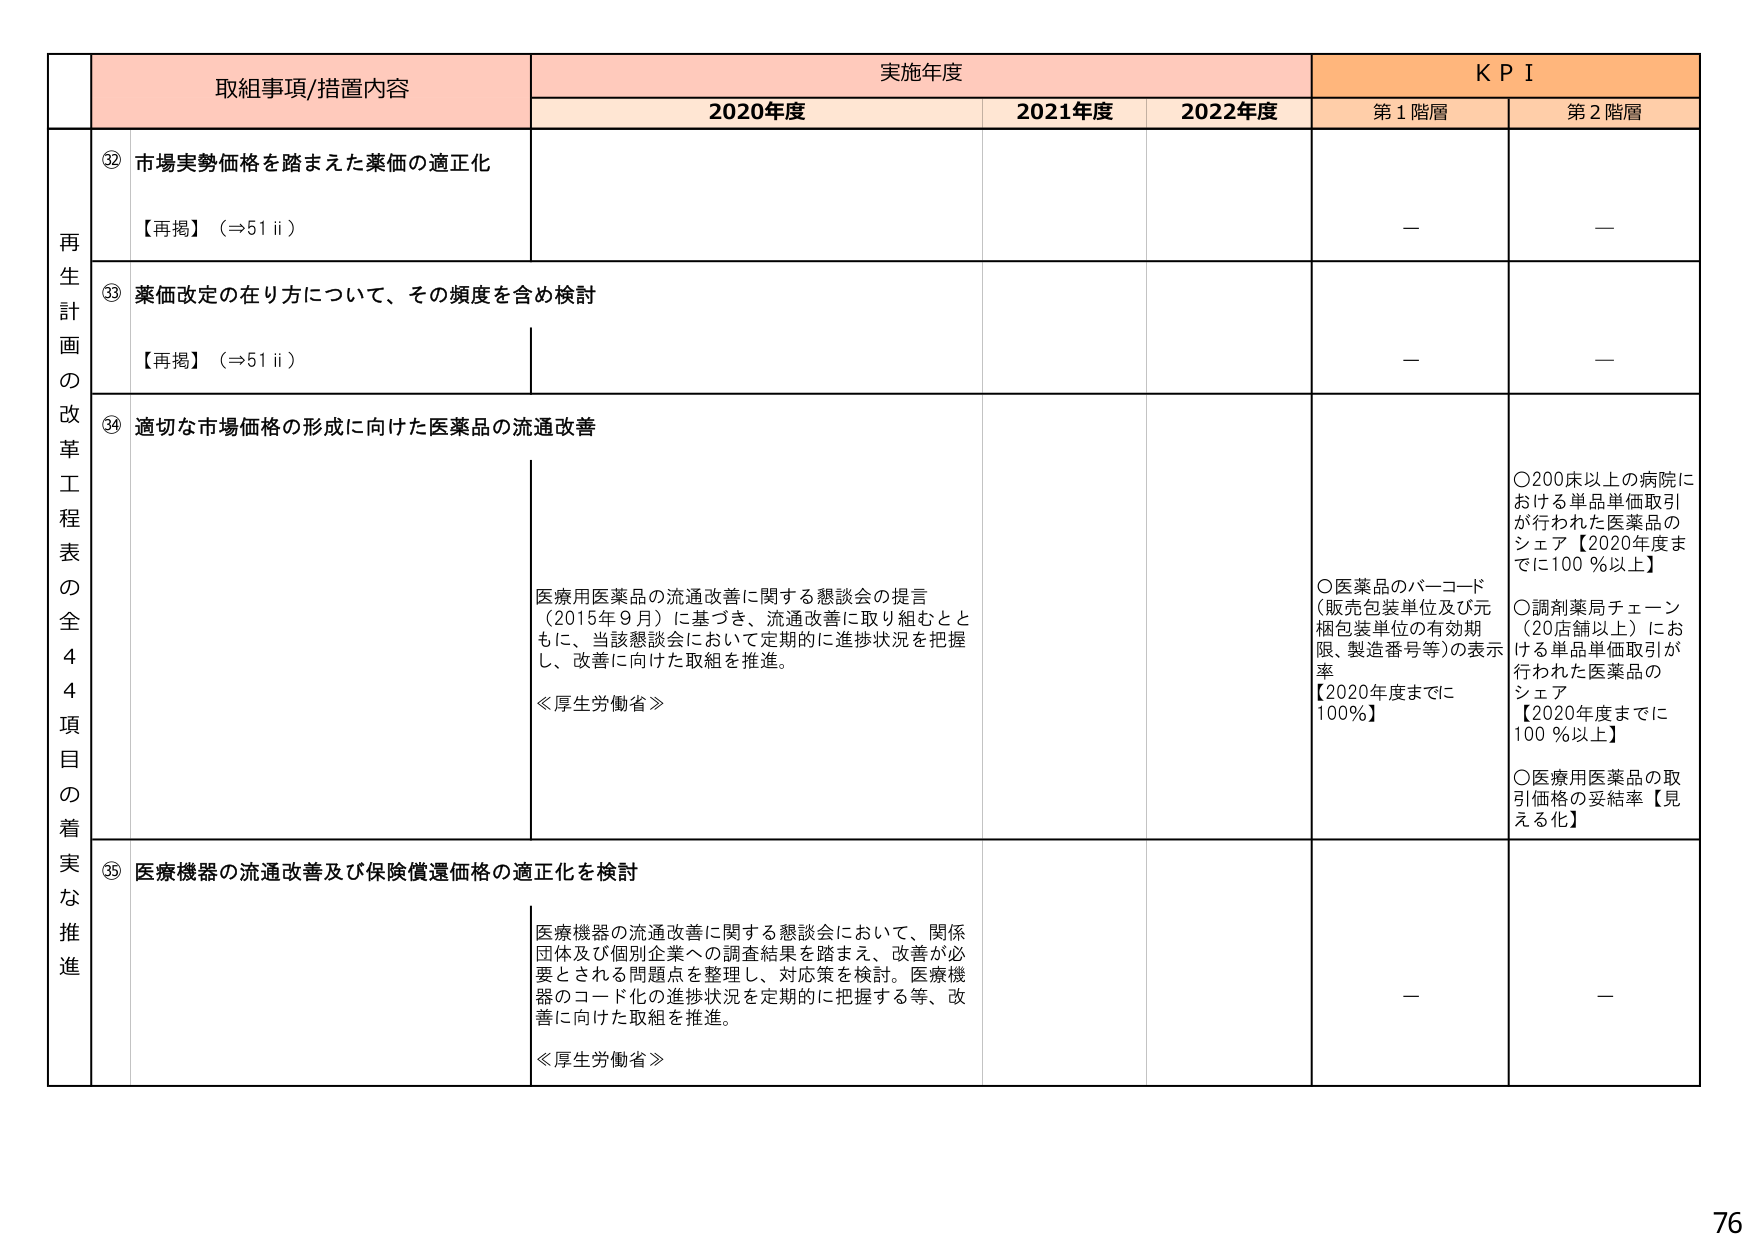
取組事項/措置内容 実施年度 KPI
2020年度 2021年度 2022年度 第1階層 第2階層
再生計画の改革工程表の全44項目の着実な推進
⑫ 市場実勢価格を踏まえた薬価の適正化
【再掲】（⇒51 ii）
－ －
⑬ 薬価改定の在り方について、その頻度を含め検討
【再掲】（⇒51 ii）
－ －
⑭ 適切な市場価格の形成に向けた医薬品の流通改善
医療用医薬品の流通改善に関する懇談会の提言（2015年9月）に基づき、流通改善に取り組むとともに、当該懇談会において定期的に進捗状況を把握し、改善に向けた取組を推進。
≪厚生労働省≫
○医薬品のバーコード（販売包装単位及び元梱包装単位の有効期限、製造番号等）の表示率【2020年度までに100％】
○200床以上の病院における単品単価取引が行われた医薬品のシェア【2020年度までに100％以上】
○調剤薬局チェーン（20店舗以上）における単品単価取引が行われた医薬品のシェア【2020年度までに100％以上】
○医療用医薬品の取引価格の妥結率【見える化】
⑮ 医療機器の流通改善及び保険償還価格の適正化を検討
医療機器の流通改善に関する懇談会において、関係団体及び個別企業への調査結果を踏まえ、改善が必要とされる問題点を整理し、対応策を検討。医療機器のコード化の進捗状況を定期的に把握する等、改善に向けた取組を推進。
≪厚生労働省≫
－ －
76